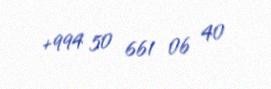
+994 50 661 06 40